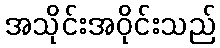
အသိုင်းအဝိုင်းသည်